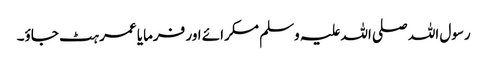
رسول اللہ صلی اللہ علیہ وسلم مسکرائے اور فرمایا عمر ہٹ جاؤ۔